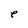
Character: e